Report on vaccination in the Province of Bengal - 1874-1889
Year: 1874
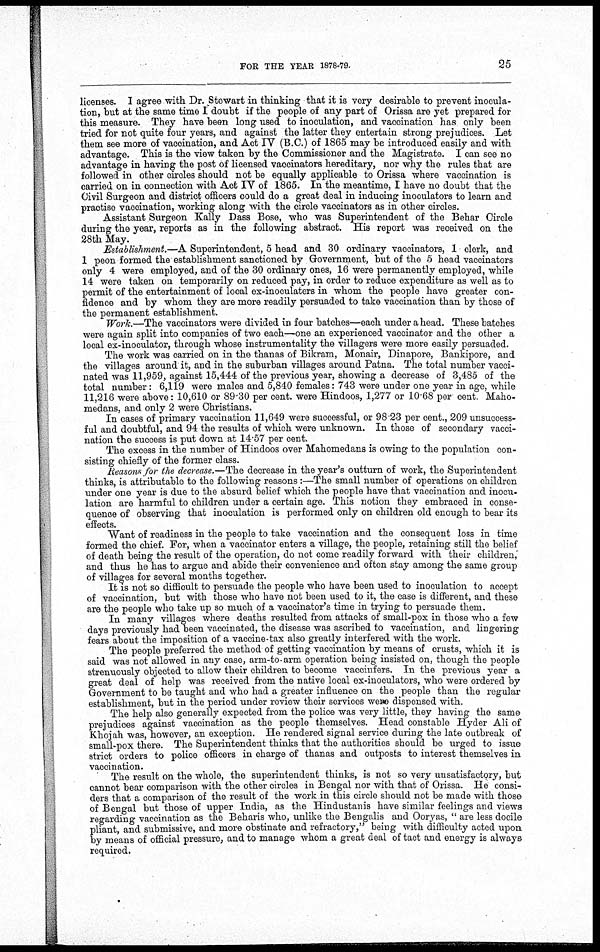
FOR THE YEAR 1878-79.
25
licenses. I agree with Dr. Stewart in thinking that it is very desirable to prevent inocula-
tion, but at the same time I doubt if the people of any part of Orissa are yet prepared for
this measure. They have been long used to inoculation, and vaccination has only been
tried for not quite four years, and against the latter they entertain strong prejudices. Let
them see more of vaccination, and Act IV (B.C.) of 1865 may be introduced easily and with
advantage. This is the view taken by the Commissioner and the Magistrate. I can see no
advantage in having the post of licensed vaccinators hereditary, nor why the rules that are
followed in other circles should not be equally applicable to Orissa where vaccination is
carried on in connection with Act IV of 1865. In the meantime, I have no doubt that the
Civil Surgeon and district officers could do a great deal in inducing inoculators to learn and
practise vaccination, working along with the circle vaccinators as in other circles.
Assistant Surgeon Kally Dass Bose, who was Superintendent of the Behar Circle
during the year, reports as in the following abstract. His report was received on the
28th May.
Establishment.—A Superintendent, 5 head and 30 ordinary vaccinators, 1 clerk, and
1 peon formed the establishment sanctioned by Government, but of the 5 head vaccinators
only 4 were employed, and of the 30 ordinary ones, 16 were permanently employed, while
14 were taken on temporarily on reduced pay, in order to reduce expenditure as well as to
permit of the entertainment of local ex-inoculaters in whom the people have greater con-
fidence and by whom they are more readily persuaded to take vaccination than by those of
the permanent establishment.
Work.—The vaccinators were divided in four batches—each under a head. These batches
were again split into companies of two each—one an experienced vaccinator and the other a
local ex-inoculator, through whose instrumentality the villagers were more easily persuaded.
The work was carried on in the thanas of Bikram, Monair, Dinapore, Bankipore, and
the villages around it, and in the suburban villages around Patna. The total number vacci-
nated was 11,959, against 15,444 of the previous year, showing a decrease of 3,485 of the
total number: 6,119 were males and 5,840 females: 743 were under one year in age, while
11,216 were above: 10,610 or 89.30 per cent. were Hindoos, 1,277 or 10.68 per cent. Maho-
medans, and only 2 were Christians.
In cases of primary vaccination 11,649 were successful, or 98.23 per cent., 209 unsuccess-
ful and doubtful, and 94 the results of which were unknown. In those of secondary vacci-
nation the success is put down at 14 57 per cent.
The excess in the number of Hindoos over Mahomedans is owing to the population con-
sisting chiefly of the former class.
Reasons for the decrease.—The decrease in the year's outturn of work, the Superintendent
thinks, is attributable to the following reasons :—The small number of operations on children
under one year is due to the absurd belief which the people have that vaccination and inocu-
lation are harmful to children under a certain age. This notion they embraced in conse-
quence of observing that inoculation is performed only on children old enough to bear its
effects.
Want of readiness in the people to take vaccination and the consequent loss in time
formed the chief. For, when a vaccinator enters a village, the people, retaining still the belief
of death being the result of the operation, do not come readily forward with their children,
and thus he has to argue and abide their convenience and often stay among the same group
of villages for several months together.
It is not so difficult to persuade the people who have been used to inoculation to accept
of vaccination, but with those who have not been used to it, the case is different, and these
are the people who take up so much of a vaccinator's time in trying to persuade them.
In many villages where deaths resulted from attacks of small-pox in those who a few
days previously had been vaccinated, the disease was ascribed to vaccination, and lingering
fears about the imposition of a vaccine-tax also greatly interfered with the work.
The people preferred the method of getting vaccination by means of crusts, which it is
said was not allowed in any case, arm-to-arm operation being insisted on, though the people
strenuously objected to allow their children to become vaccinfers. In the previous year a
great deal of help was received from the native local ex-inoculators, who were ordered by
Government to be taught and who had a greater influence on the people than the regular
establishment, but in the period under review their services were dispensed with.
The help also generally expected from the police was very little, they having the same
prejudices against vaccination as the people themselves. Head constable Hyder Ali of
Khojah was, however, an exception. He rendered signal service during the late outbreak of
small-pox there. The Superintendent thinks that the authorities should be urged to issue
strict orders to police officers in charge of thanas and outposts to interest themselves in
vaccination.
The result on the whole, the superintendent thinks, is not so very unsatisfactory, but
cannot bear comparison with the other circles in Bengal nor with that of Orissa. He consi-
ders that a comparison of the result of the work in this circle should not be made with those
of Bengal but those of upper India, as the Hindustanis have similar feelings and views
regarding vaccination as the Beharis who, unlike the Bengalis and Ooryas, " are less docile
pliant, and submissive, and more obstinate and refractory," being with difficulty acted upon
by means of official pressure, and to manage whom a great deal of tact and energy is always
required.